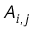
A _ { i , j }